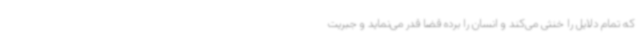
که تمام دلایل را خنثی می‌کند و انسان را برده‌ قضا قدر می‌نماید و جبریت